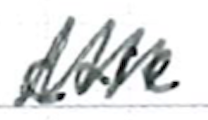
Text: care
Cross-out: zig-zag
Writing tool: ballpoint